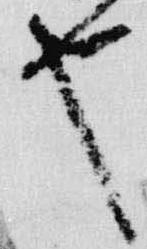
也